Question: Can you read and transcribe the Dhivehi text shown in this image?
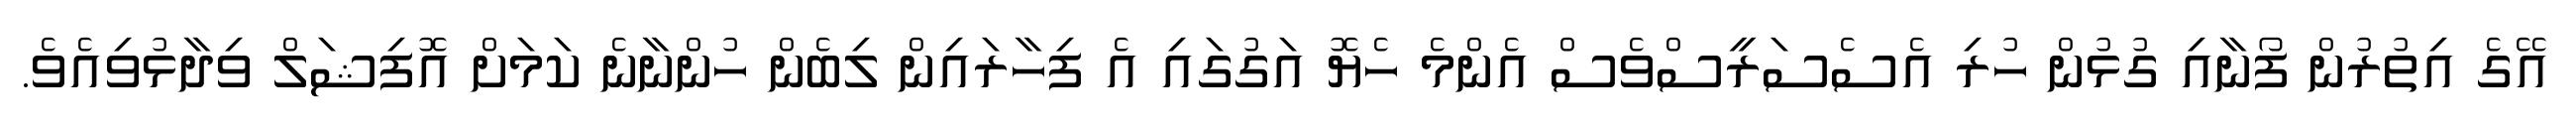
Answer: އޭގެ އިތުރުން ފޯނާއި ގުޅުން ހުރި އެސެސަރީސްވެސް އެންމެ ހެޔޮ އަގުގައި އެ ފިހާރައިން ލިބެން ހުންނާނެ ކަމަށް އޮފިޝަލް ވިދާޅުވިއެވެ.